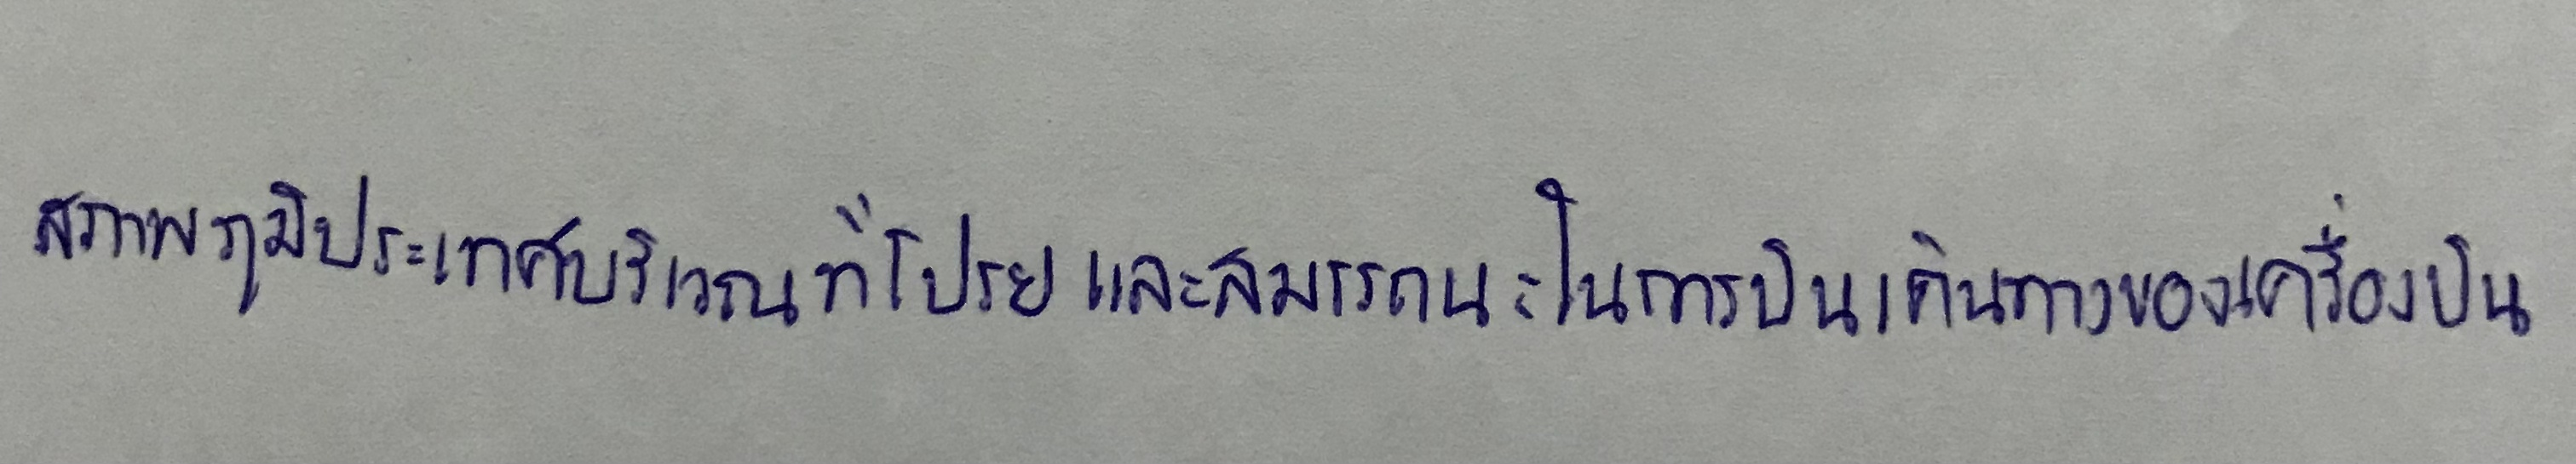
สภาพภูมิประเทศบริเวณที่โปรยและสมรรถนะในการบินเดินทางของเครื่องบิน